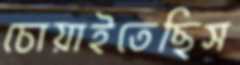
চোয়াইতেছিস